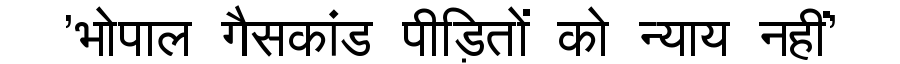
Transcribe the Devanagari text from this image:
'भोपाल गैसकांड पीड़ितों को न्याय नहीं'